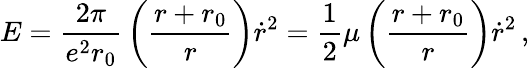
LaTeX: E={\frac{2\pi}{e^{2}r_{0}}}\left({\frac{r+r_{0}}{r}}\right)\dot{r}^{2}={\frac{1}{2}}\mu\left({\frac{r+r_{0}}{r}}\right)\dot{r}^{2}\, ,